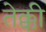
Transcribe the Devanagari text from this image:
तेक्की